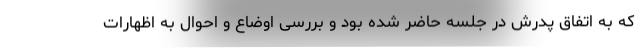
که به اتفاق پدرش در جلسه حاضر شده بود و بررسی اوضاع و احوال به اظهارات